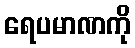
ရေပမာဏကို